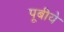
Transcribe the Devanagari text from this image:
पूबीये